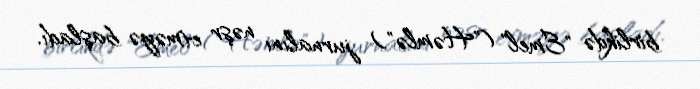
birlikdə "Emel" ("Həmlə") jurnalını nəşr etməyə başladı.